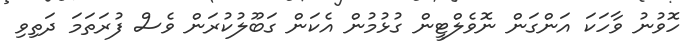
ހޮވުނު ވާހަކަ އަންގަން ނޮވެލްޓީން ގުޅުމުން އެކަން ގަބޫލުކުރަން ވެސް ފުރަތަމަ ދަތިވި